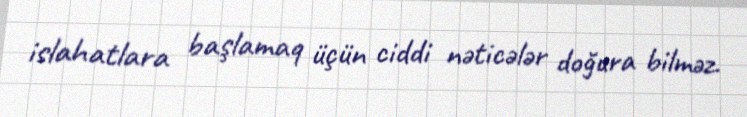
islahatlara başlamaq üçün ciddi nəticələr doğura bilməz.